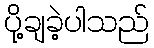
ပို့ချခဲ့ပါသည်